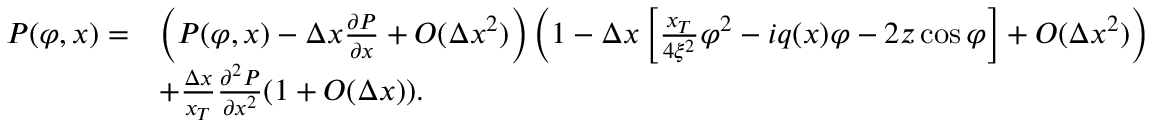
\begin{array} { r l } { P ( \varphi , x ) = } & { \left( P ( \varphi , x ) - \Delta x \frac { \partial P } { \partial x } + O ( \Delta x ^ { 2 } ) \right) \left( 1 - \Delta x \left[ \frac { x _ { T } } { 4 \xi ^ { 2 } } \varphi ^ { 2 } - i q ( x ) \varphi - 2 z \cos \varphi \right] + O ( \Delta x ^ { 2 } ) \right) } \\ & { + \frac { \Delta x } { x _ { T } } \frac { \partial ^ { 2 } P } { \partial x ^ { 2 } } ( 1 + O ( \Delta x ) ) . } \end{array}